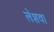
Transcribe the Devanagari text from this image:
लेशवा